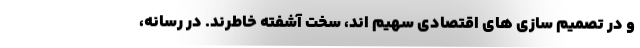
و در تصمیم سازی های اقتصادی سهیم اند، سخت آشفته خاطرند. در رسانه،